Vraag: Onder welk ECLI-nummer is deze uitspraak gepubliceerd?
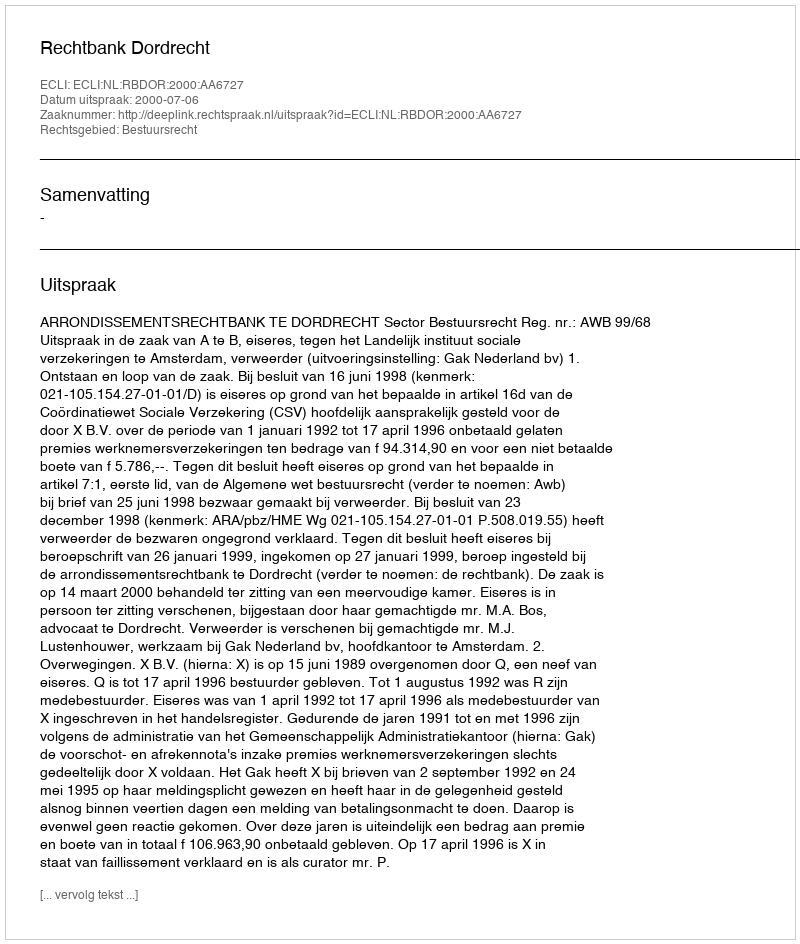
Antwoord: ECLI:NL:RBDOR:2000:AA6727